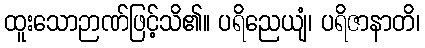
ထူးသောဉာဏ်ဖြင့်သိ၏။ ပရိညေယျံ၊ ပရိဇာနာတိ၊